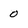
Character: 0